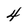
Character: 4